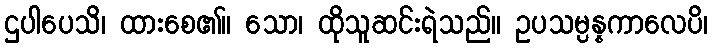
ဌပါပေသိ၊ ထားစေ၏။ သော၊ ထိုသူဆင်းရဲသည်။ ဥပသမ္ပန္နကာလေပိ၊